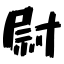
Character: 尉